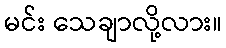
မင်း သေချာလို့လား။